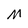
Character: M